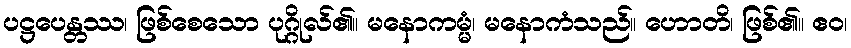
ပဋ္ဌပေန္တဿ၊ ဖြစ်စေသော ပုဂ္ဂိုလ်၏။ မနောကမ္မံ၊ မနောကံသည်။ ဟောတိ၊ ဖြစ်၏။ ဧဝ၊